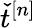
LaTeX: \check{t}^{[n]}